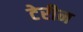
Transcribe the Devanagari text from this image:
टेरीन